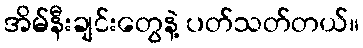
အိမ်နီးချင်းတွေနဲ့ ပတ်သတ်တယ်။